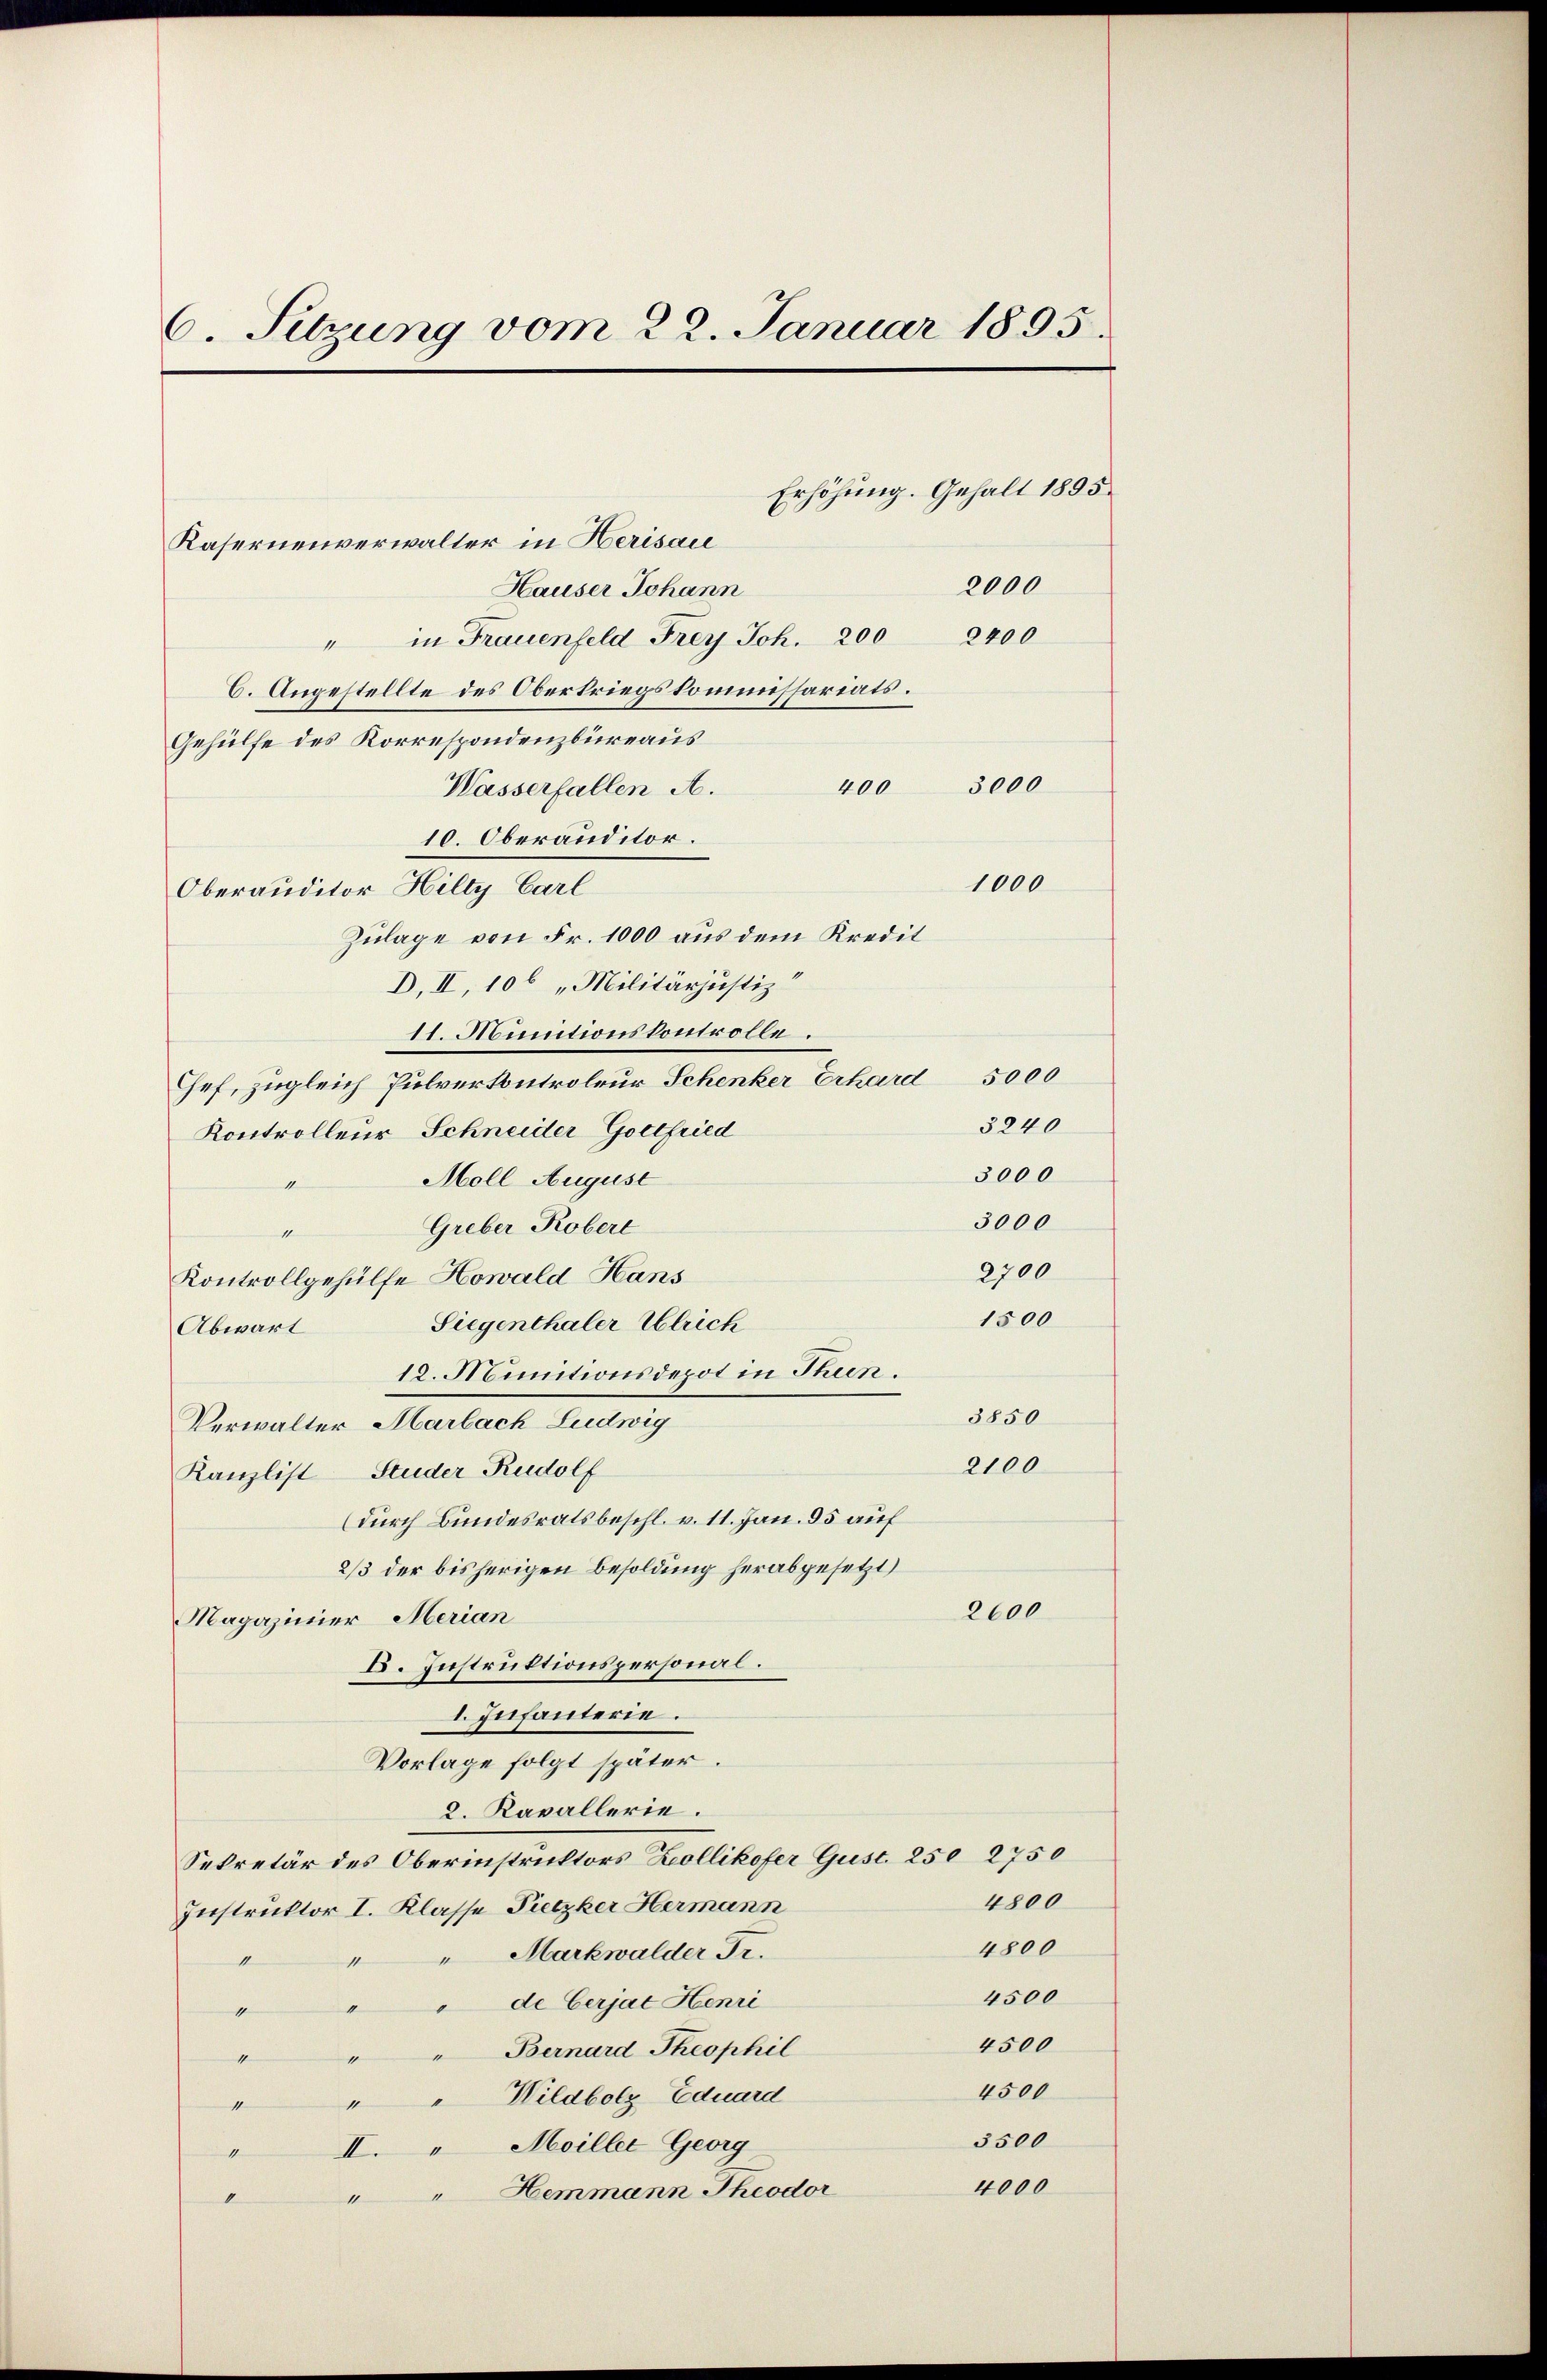
6. Sitzung vom 22. Januar 1895.

Kasernenverwalter in Herisau
Hauser Johann
" in Frauenfeld Frey Joh. 200 2400
C. Angestellte des Oberkriegskommissariats.
Gehülfe des Korrespondenzbüreaus
3000
400
Wasserfallen A.
10. Oberauditor.
1000
Oberauditor Hilty Carl
Zulage von Fr. 1000 aus dem Kredit
D. II, 106 „Militärjustiz
11. Munitionskontrolle.
Chef, zugleich Pulverkontroleur Schenker Erhard 5000
3240
Kontrolleur Schneider Gottfried
3000
Moll August
1
3000
Greber Robert
nen
2700
Kontrollgehülfe Howald Hans
1500
Siegenthaler Ulrich
Abwart
12. Nounitionsdepot in Thien.
3850
Verwalter Harbach Ludwig
2100
Kanzlist Studer Rudolf
(durch Bundesratsbeschl. v. 11. Jan. 95 auf
2/3 der bisherigen Besoldung herabgesetzt)
2600
Magaziner Merian
K. Instruktionspersonal.
I. Infanterie.
Vorlage folgt später.
2. Kavallerie.
Sekretär des Oberinstruktors Kollikofer Gust. 250 2750
4800
Instruktor I. Klasse Pietzker Hermann
4800
"Markwalder Fr.
11
4500
de Cerjat Henri
4500
Bernard Theophil
4500
Wildbolz Eduard
3500
I. " Moiller Georg
1
4000
" " Hemmann Theodor
0

Erhöhung. Gehalt 1895.
2000